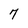
Character: 7